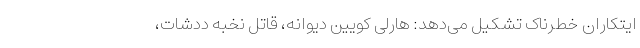
ایتکاران خطرناک تشکیل می‌دهد: هارلی کویین دیوانه، قاتل نخبه ددشات،